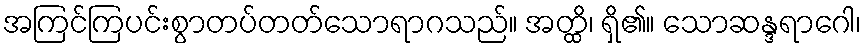
အကြင်ကြပင်းစွာတပ်တတ်သောရာဂသည်။ အတ္ထိ၊ ရှိ၏။ သောဆန္ဒရာဂေါ၊